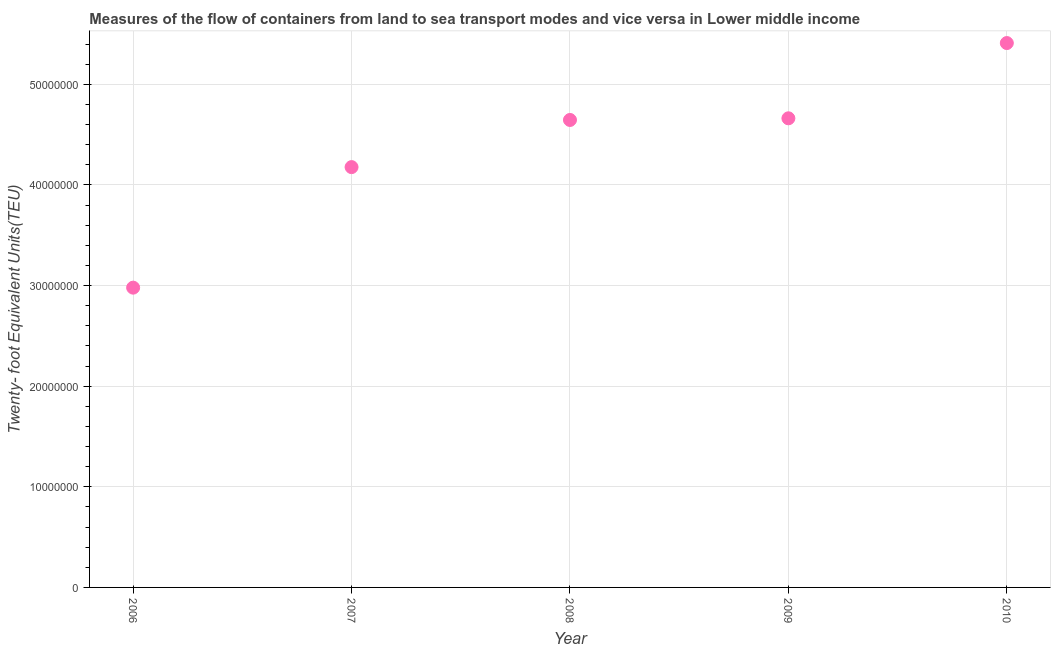
| Year | Container port traffic |
 | --- | --- |
 | 2006 | 2.98e+07 |
 | 2007 | 4.18e+07 |
 | 2008 | 4.65e+07 |
 | 2009 | 4.66e+07 |
 | 2010 | 5.41e+07 |